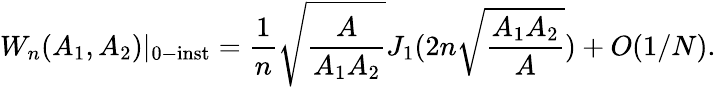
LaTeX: W_{n}(A_{1},A_{2})|_{0-\mathrm{inst}}=\frac{1}{n}\sqrt{\frac{A}{A_{1}A_{2}}}J_{1}(2n\sqrt{\frac{A_{1}A_{2}}{A}})+O(1/N).